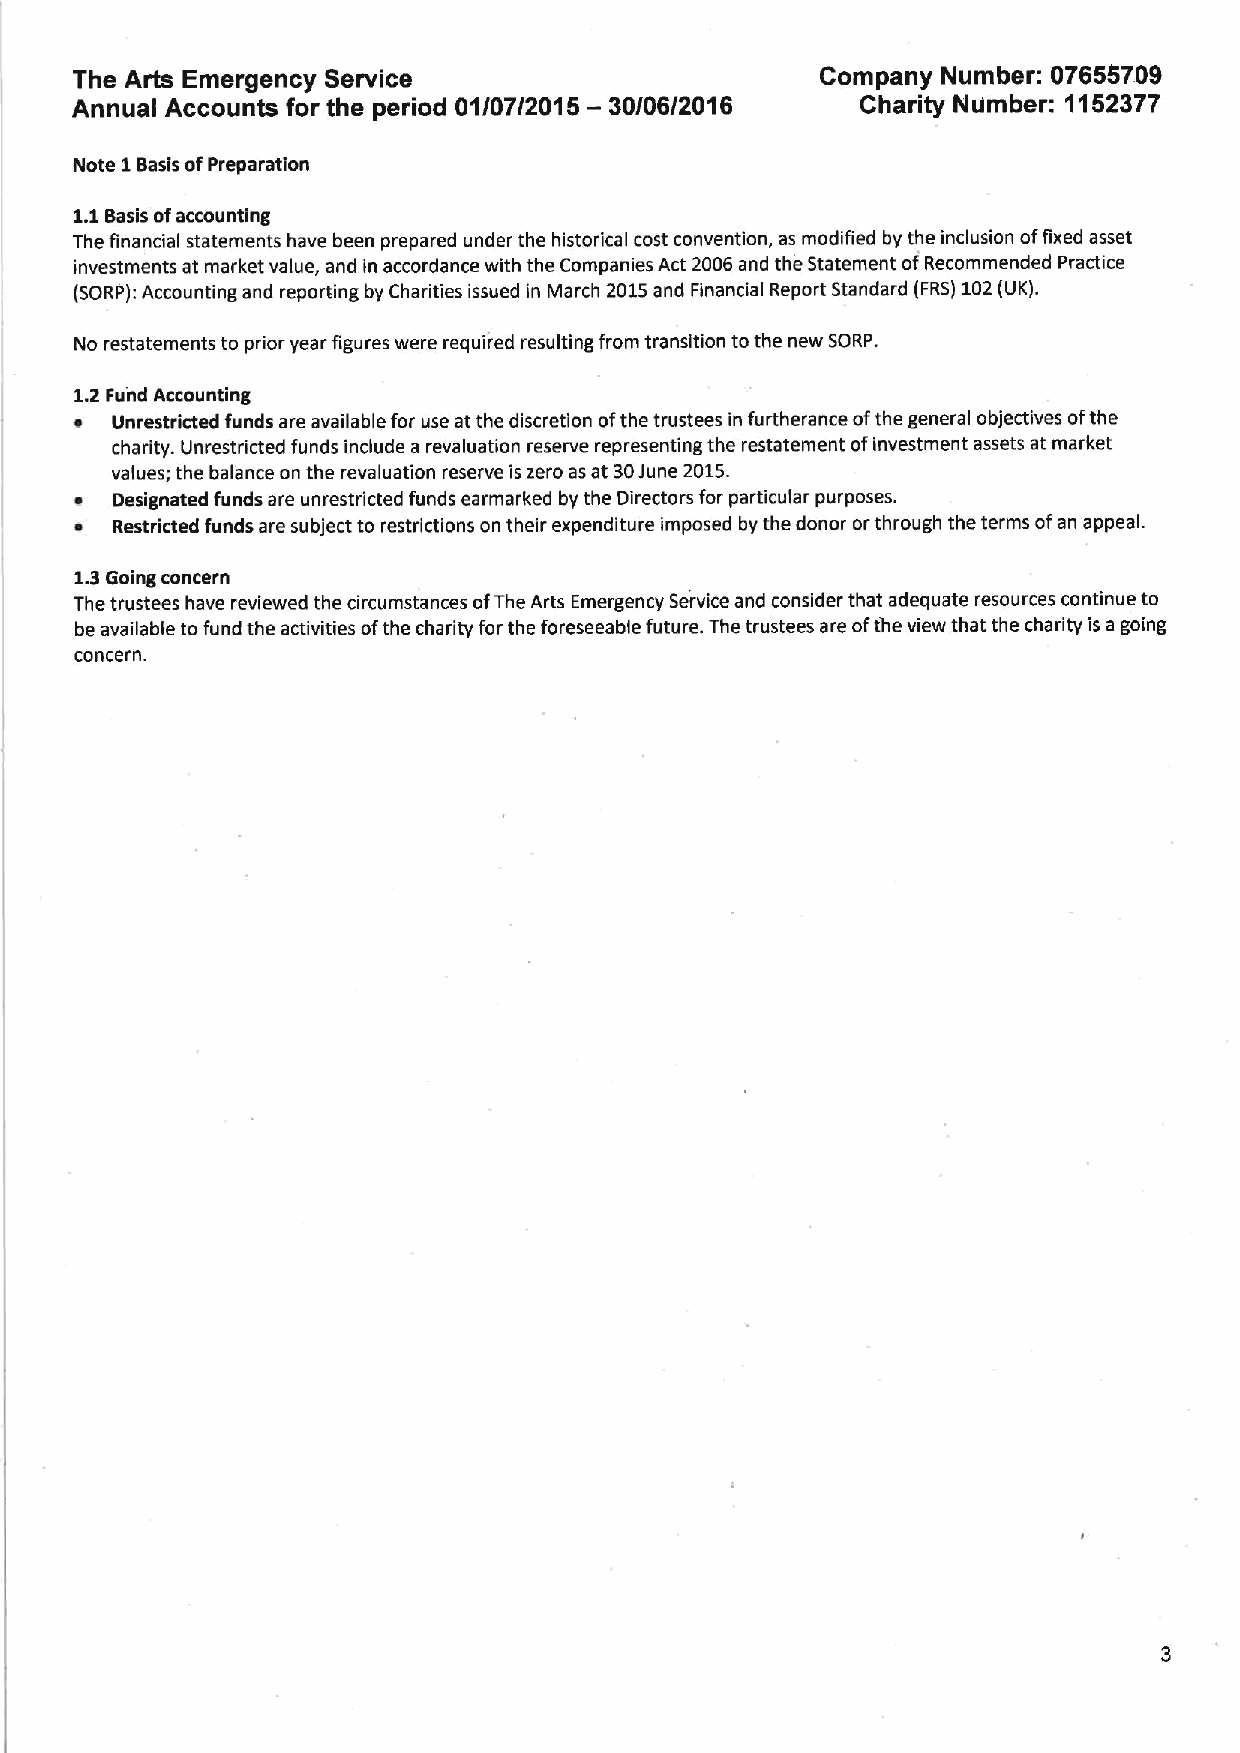
The Arts Emergency Service                       Company Number: 07655709
 Annual Accounts for the period 01/07/2015 — 30/06/2016 Charity Number: 1152377
 Note 1Basis ofPreparation
 1.1Basis ofaccounting
 The financial statements have been prepared under the historical cost convention, as modified by the inclusion offixed asset
 investments at market value, and in accordance with the Companies Act 2006 and the Statement ofRecommended Practice
 (SORP):Accounting and reposing by Charities issued in March 2015and Financial Report Standard (FRS)102(UK).
 No restatements to prior year figures were required resulting from transition tothe new SORP.
 1.2 Fund Accounting
 ~ Unrestricted funds are available for use at the discretion ofthe trustees in furtherance ofthe general objectives ofthe
 charity. Unrestricted funds include a revaluation reserve representing the restatement ofinvestment assets at market
 values; the balance on the revaluation reserve iszero as at 30june 2015.
 ~ Designated funds are unrestricted funds earmarked by the Directors for particular purposes.
 ~ Restricted funds are subject to restrictions on their expenditure imposed by the donor orthrough the terms ofan appeal.
 1.3Going concern
 The trustees have reviewed the circumstances ofThe Arts Emergency Service and consider that adequate resources continue to
 be available to fund the activities ofthe charity for the foreseeable future. The trustees are ofthe view that the charity isa going
 concern.